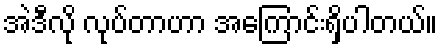
အဲဒီလို လုပ်တာဟာ အကြောင်းရှိပါတယ်။